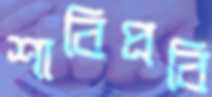
শাবিপ্রবি